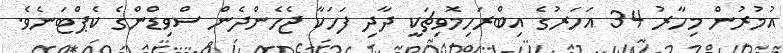
އުމުރުން މިހާރު 34 އަހަރުގެ އިބްރަހިމޮވިޗަކީ ދާދި ފަހަކާ ޖެހެންދެން ސްވިޑްންގެ ކެޕްޓަނެވެ.